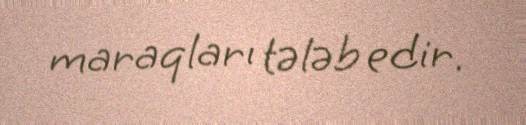
maraqları tələb edir.